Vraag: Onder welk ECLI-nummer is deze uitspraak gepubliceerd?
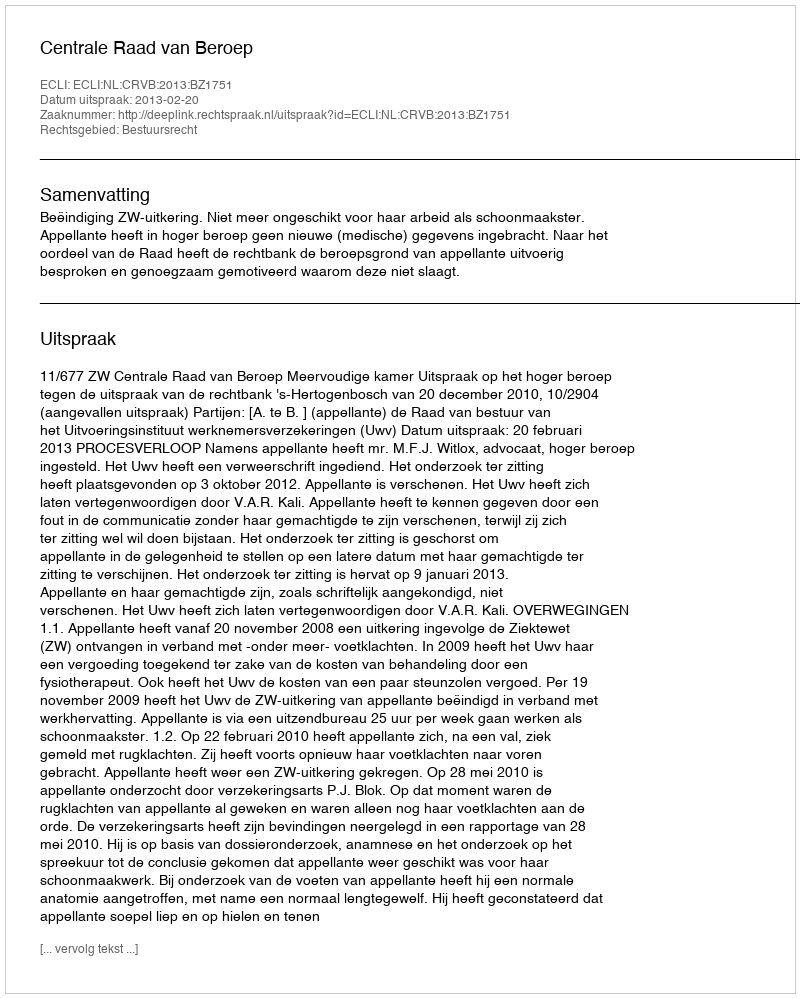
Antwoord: ECLI:NL:CRVB:2013:BZ1751